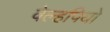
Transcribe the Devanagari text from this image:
वेल्हपियो